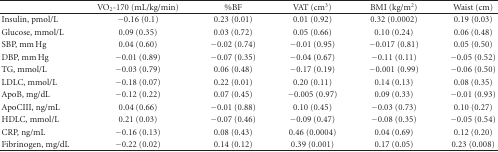
<table><thead><tr><td></td><td><b>VO<sub>2</sub>-170 (mL/kg/min)</b></td><td><b>%BF</b></td><td><b>VAT (cm<sup>3</sup>)</b></td><td><b>BMI (kg/m<sup>2</sup>)</b></td><td><b>Waist (cm) </b></td></tr></thead><tbody><tr><td>Insulin, pmol/L</td><td>−0.16 (0.1)</td><td>0.23 (0.01)</td><td>0.01 (0.92)</td><td>0.32 (0.0002)</td><td>0.19 (0.03)</td></tr><tr><td>Glucose, mmol/L</td><td>0.09 (0.35)</td><td>0.03 (0.72)</td><td>0.05 (0.66)</td><td>0.10 (0.24)</td><td>0.06 (0.48)</td></tr><tr><td>SBP, mm Hg</td><td>0.04 (0.60)</td><td>−0.02 (0.74)</td><td>−0.01 (0.95)</td><td>−0.017 (0.81)</td><td>0.05 (0.50)</td></tr><tr><td>DBP, mm Hg</td><td>−0.01 (0.89)</td><td>−0.07 (0.35)</td><td>−0.04 (0.67)</td><td>−0.11 (0.11)</td><td>−0.05 (0.52)</td></tr><tr><td>TG, mmol/L</td><td>−0.03 (0.79)</td><td>0.06 (0.48)</td><td>−0.17 (0.19)</td><td>−0.001 (0.99)</td><td>−0.06 (0.50)</td></tr><tr><td>LDLC, mmol/L</td><td>−0.18 (0.07)</td><td>0.22 (0.01)</td><td>0.20 (0.11)</td><td>0.14 (0.13)</td><td>0.08 (0.35)</td></tr><tr><td>ApoB, mg/dL</td><td>−0.12 (0.22)</td><td>0.07 (0.45)</td><td>−0.005 (0.97)</td><td>0.09 (0.33)</td><td>−0.01 (0.93)</td></tr><tr><td>ApoCIII, ng/mL</td><td>0.04 (0.66)</td><td>−0.01 (0.88)</td><td>0.10 (0.45)</td><td>−0.03 (0.73)</td><td>0.10 (0.27)</td></tr><tr><td>HDLC, mmol/L</td><td>0.21 (0.03)</td><td>−0.07 (0.46)</td><td>−0.09 (0.47)</td><td>−0.08 (0.35)</td><td>−0.05 (0.54)</td></tr><tr><td>CRP, ng/mL</td><td>−0.16 (0.13)</td><td>0.08 (0.43)</td><td>0.46 (0.0004)</td><td>0.04 (0.69)</td><td>0.12 (0.20)</td></tr><tr><td>Fibrinogen, mg/dL</td><td>−0.22 (0.02)</td><td>0.14 (0.12)</td><td>0.39 (0.001)</td><td>0.17 (0.05)</td><td>0.23 (0.008)</td></tr></tbody></table>